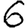
Digit: 6